Annual administration report of the Civil Veterinary Department of India - 1897-1898
Year: 1897
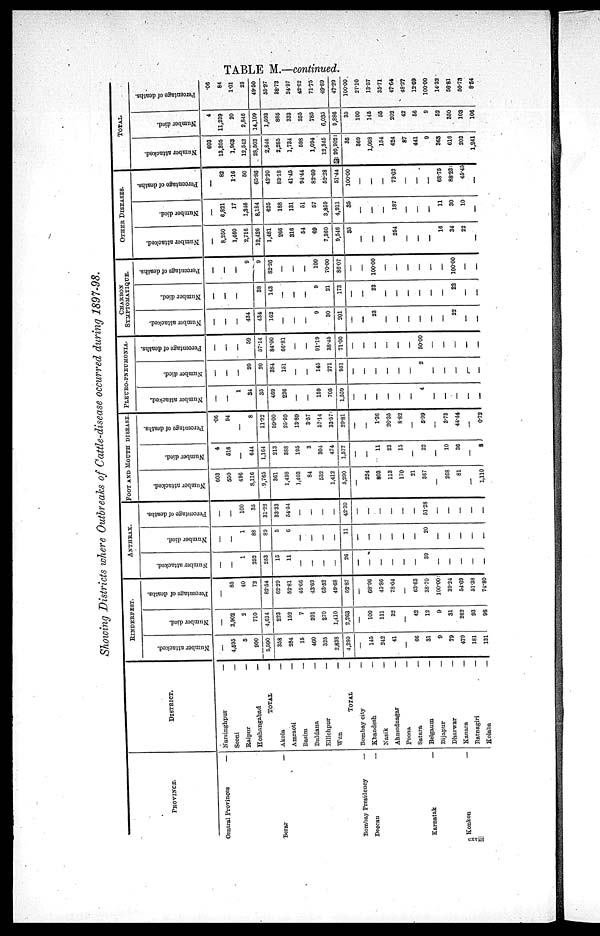
TABLE M.—continued.
Showng Districts where Outbreaks of Cattle—disease occurred during 1897—98.
PROVINCE.
Central Provinces
—
Berar
—
Bombay Presidency
—
Deocan
—
Karnatak
—
Konkon
—
DISTRICT.
Narsinghpur
—
Seoni
—
Raipur
—
Hoshangabad
—
TOTAL
—
Akola
—
Amraoti
—
Basim
—
Buldana
—
Ellichpur
—
Wun
—
TOTAL
—
Bombay city
—
Khandesh
—
Nasik
—
Ahmednagar
—
Poona
—
Satara
—
Belgaum
—
Bijapur
—
Dharwar
—
Kanara
—
Ratnagiri
—
Kolaba
—
RINDERPEST.
Number attacked.
—
4,595
5
990
5,590
358
284
15
460
325
2,838
4,280
—
145
242
41
—
66
31
9
79
479
181
131
Number died.
—
3,902
2
710
4,614
223
152
7
201
270
1,410
2,263
—
100
111
32
—
42
12
9
31
262
93
98
Percentage of deaths.
—
85
40
72
82.54
62.29
52.81
46.66
43.69
63.52
49.68
52.87
—
68.96
45.86
78.04
—
63.63
38.70
100.00
39.24
54.69
51.38
74.80
ANTHRAX.
Number attacked.
—
—
1
252
253
15
11
—
—
—
—
26
—
—
—
—
—
—
39
—
—
—
—
—
Number died.
—
—
1
88
89
5
6
—
—
—
—
11
—
—
—
—
—
—
20
—
—
—
—
—
Percentage of deaths.
—
—
100
35
31.22
33.33
54.54
—
—
—
—
42.30
—
—
—
—
—
—
51.28
—
—
—
—
—
FOOT AND MOUTH DISEASE
Number attacked.
603
550
496
8,116
9,765
361
1,498
1,403
84
532
1,412
5,290
—
224
803
113
170
21
367
—
268
81
—
1,110
Number died.
4
516
—
644
1,164
213
388
195
3
304
474
1,577
—
—
11
23
15
—
22
—
10
36
—
8
Percentage of deaths.
.06
94
—
8
11.92
59.00
25.90
13.89
3.57
57.14
33.57
29.81
—
—
1.36
20.35
8.82
—
5.99
—
3.73
44.44
—
0.72
PLEURO—PNEUMONIA.
Number attacked.
—
—
1
34
35
469
226
—
—
159
705
1,559
—
—
—
—
—
—
4
—
—
—
—
Number died.
—
—
—
20
20
384
151
—
—
145
271
951
—
—
—
—
—
—
2
—
—
—
—
—
Percentage of deaths.
—
—
—
59
57.14
84.00
66.81
—
—
91.19
38.45
71.00
—
—
—
—
—
—
50.00
—
—
—
—
CHARBON
SYMPTOMATIQUE.
Number attacked.
—
—
—
434
434
162
—
—
—
9
30
201
—
—
23
—
—
—
—
—
—
22
—
—
Number died.
—
—
—
38
143
—
—
—
9
21
173
—
—
23
—
—
—
—
—
—
22
—
—
Percentage of deaths.
—
—
9
9
82.26
—
—
—
100
70.00
86.07
—
—
100.00
—
—
—
—
—
—
100.00
—
—
OTHER DISEASES.
Number attacked.
—
8,250
1,460
2,716
12,426
1,481
266
316
54
69
7,360
9,546
35
—
—
—
254
—
—
—
16
34
22
—
Number died.
—
6,821
17
1,846
8,184
625
188
131
51
57
3,859
4,911
35
—
—
—
187
—
—
—
11
30
10
—
Percentage of deaths.
—
82
1.16
50
65.86
42.20
83.18
41.45
94.44
82.60
52.28
51.44
100.00
—
—
—
73.62
—
—
—
68.75
88.23
45.45
—
TOTAL.
Number attacked.
603
13,395
1,963
12,542
28,503
2,846
2,285
1,734
598
1,094
12,345
20,902
35
369
1,068
154
424
87
441
9
363
616
203
1,241
Number died.
4
11,239
20
2,846
14,109
1,593
885
333
255
785
6,035
9,886
35
100
145
55
202
42
56
9
52
350
103
106
Percentage of deaths.
.06
84
1.01
23
49.50
55.97
38.73
24.97
42.62
71.75
49.69
47.29
100.00
27.10
13.57
35.71
47.64
48.27
12.69
100.00
14.32
56.81
50.73
8.54
cxviii